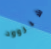
شيروود